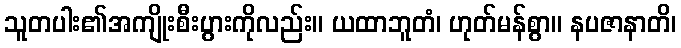
သူတပါး၏အကျိုးစီးပွားကိုလည်း။ ယထာဘူတံ၊ ဟုတ်မန်စွာ။ နပဇာနာတိ၊